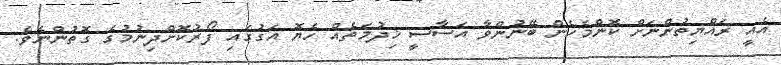
އެއީ ރައްޔިތުންނަށް ކޮންމެހެން ބޭނުންވާ އަސާސީ ޚިދުމަތެއް ހެޔޮ އަގުގައި ފޯރުކޮށްދިނުމުގެ ގޮތުންނެވެ.